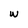
Character: w